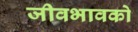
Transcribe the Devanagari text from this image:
जीवभावको